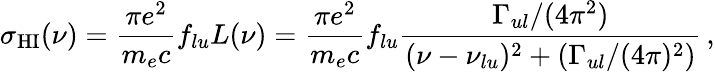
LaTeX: \sigma_{\mathrm{HI}}(\nu)=\frac{\pi e^{2}}{m_{e}c}f_{lu}L(\nu)=\frac{\pi e^{2}}{m_{e}c}f_{lu}\frac{\Gamma_{ul}/(4\pi^{2})}{(\nu-\nu_{lu})^{2}+(\Gamma_{ul}/(4\pi)^{2})}\, ,